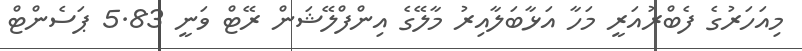
މިއަހަރުގެ ފެބްރުއަރީ މަހާ އަޅާބަލާއިރު މާލޭގެ އިންފްލޭޝަން ރޭޓް ވަނީ 5.83 ޕަސެންޓް